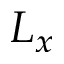
L _ { x }